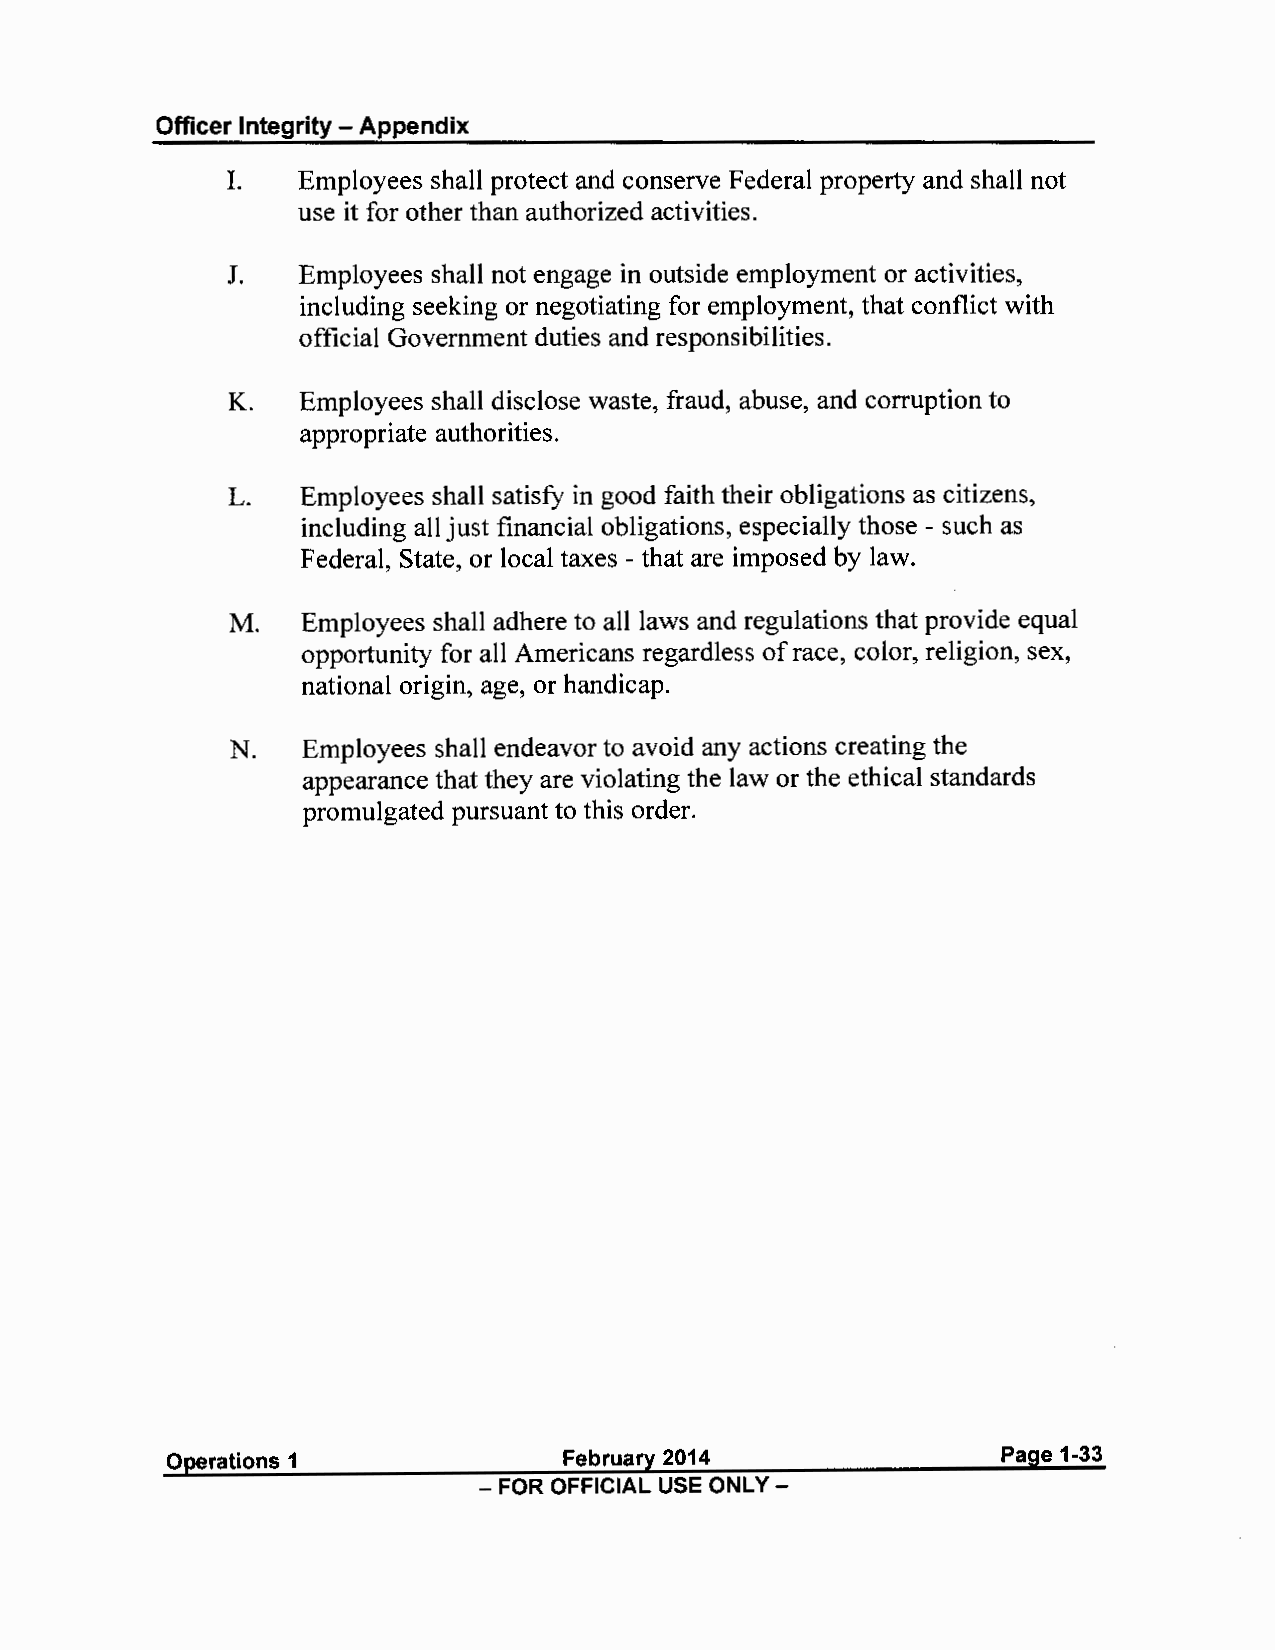
Officer Integrity - Appendix
 I.   Employees shall protect and conserve Federal property and shall not
 use it for other than authorized activities.
 J.   Employees shall not engage in outside employment or activities,
 including seeking or negotiating for employment, that conflict with
 official Government duties and responsibilities.
 K.   Employees shall disclose waste, fraud, abuse, and corruption to
 appropriate authorities.
 L.   Employees shall satisfy in good faith their obligations as citizens,
 including all just financial obligations, especially those - such as
 Federal, State, or local taxes - that are imposed by law.
 M.   Employees shall adhere to all laws and regulations that provide equal
 opportunity for all Americans regardless of race, color, religion, sex,
 national origin, age, or handicap.
 N.   Employees shall endeavor to avoid any actions creating the
 appearance that they are violating the law or the ethical standards
 promulgated pursuant to this order.
 Operations 1              February 2014                Page 1-33
 - FOR OFFICIAL USE ONLY -